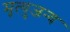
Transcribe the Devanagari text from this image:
मृत्युजन्य